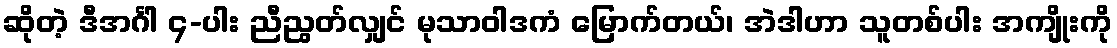
ဆိုတဲ့ ဒီအင်္ဂါ ၄-ပါး ညီညွတ်လျှင် မုသာဝါဒကံ မြောက်တယ်၊ အဲဒါဟာ သူတစ်ပါး အကျိုးကို